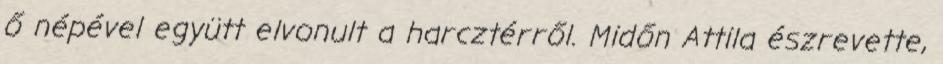
ő népével együtt elvonult a harcztérről. Midőn Attila észrevette,